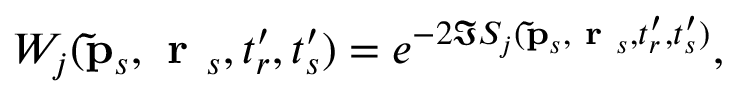
W _ { j } ( \mathbf { \tilde { p } } _ { s } , \textbf { r } _ { s } , t _ { r } ^ { \prime } , t _ { s } ^ { \prime } ) = e ^ { - 2 \Im S _ { j } ( \mathbf { \tilde { p } } _ { s } , \textbf { r } _ { s } , t _ { r } ^ { \prime } , t _ { s } ^ { \prime } ) } ,